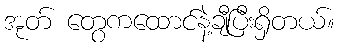
အုတ် တွေကထောင်နဲ့ချီပြီးရှိတယ်။